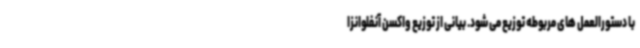
با دستورالعمل های مربوطه توزیع می شود. بیانی از توزیع واکسن آنفلوانزا